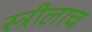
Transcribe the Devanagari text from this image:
स्त्रीलाच